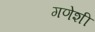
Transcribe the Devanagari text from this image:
गणेशी